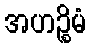
အဟဉ္စိမံ